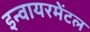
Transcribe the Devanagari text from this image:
इन्वायरमेंटल